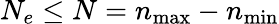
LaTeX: N_{e}\le N=n_{\mathrm{max}}-n_{\mathrm{min}}